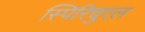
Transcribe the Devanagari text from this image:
स्पिरिचुएल